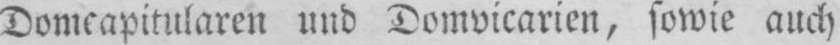
Domcapitularen und Domvicarien, sowie auch